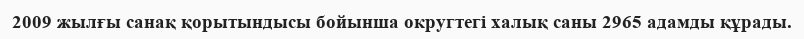
2009 жылғы санақ қорытындысы бойынша округтегі халық саны 2965 адамды құрады.